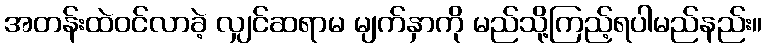
အတန်းထဲဝင်လာခဲ့ လျှင်ဆရာမ မျက်နှာကို မည်သို့ကြည့်ရပါမည်နည်း။